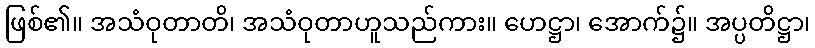
ဖြစ်၏။ အသံဝုတာတိ၊ အသံဝုတာဟူသည်ကား။ ဟေဋ္ဌာ၊ အောက်၌။ အပ္ပတိဋ္ဌာ၊